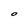
Character: O